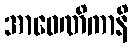
အာဝေဏိကာနိ